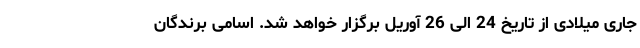
جاری میلادی از تاریخ 24 الی 26 آوریل برگزار خواهد شد. اسامی برندگان